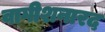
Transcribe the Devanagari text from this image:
वागीशनारद